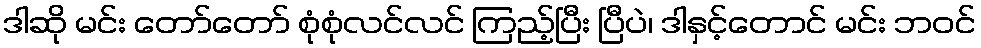
ဒါဆို မင်း တော်တော် စုံစုံလင်လင် ကြည့်ပြီး ပြီပဲ၊ ဒါနှင့်တောင် မင်း ဘဝင်